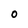
Character: 0